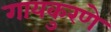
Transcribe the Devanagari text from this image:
गायकुरणे